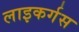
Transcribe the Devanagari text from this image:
लाइकर्गस